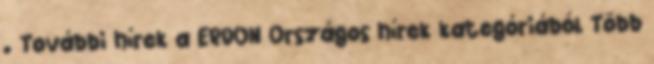
. További hírek a ERDON Országos hírek kategóriából Több